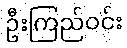
ဦးကြည်ဝင်း